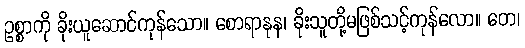
ဥစ္စာကို ခိုးယူဆောင်ကုန်သော။ စောရာနုန၊ ခိုးသူတို့မဖြစ်သင့်ကုန်လော။ တေ၊